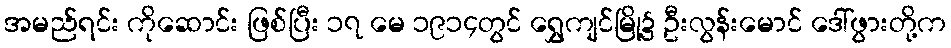
အမည်ရင်း ကိုဆောင်း ဖြစ်ပြီး ၁၇ မေ ၁၉၁၄တွင် ရွှေကျင်မြို့၌ ဦးလွန်းမောင် ဒေါ်ဖွားတို့က